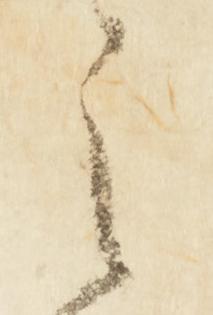
之